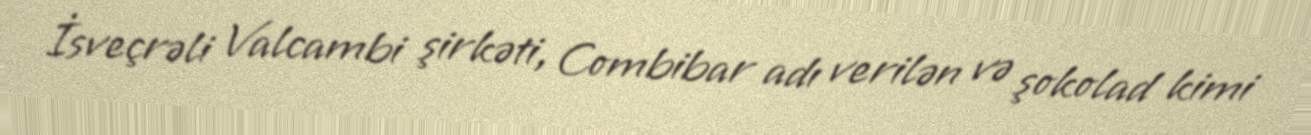
İsveçrəli Valcambi şirkəti, Combibar adı verilən və şokolad kimi